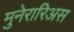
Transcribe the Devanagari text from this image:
मुनेरारिअस